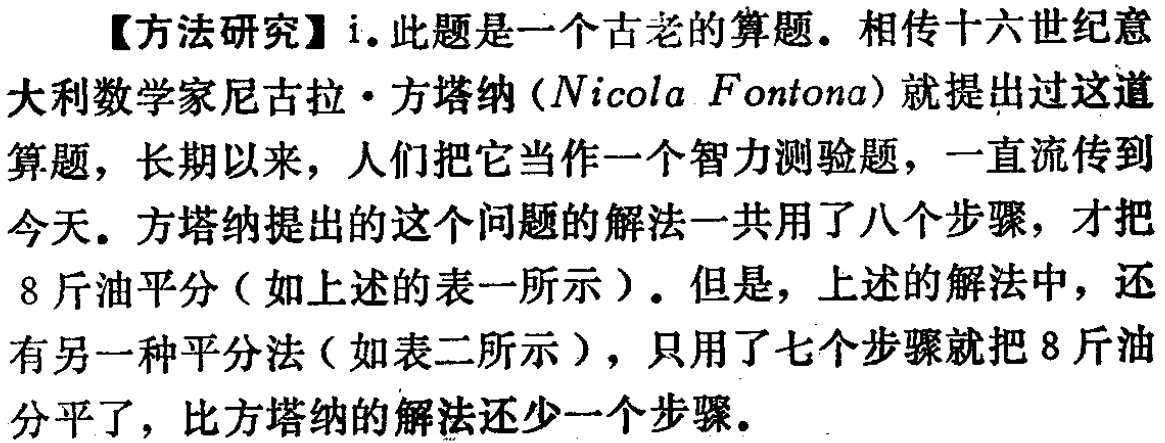
【方法研究】i. 此题是一个古老的算题。相传十六世纪意大利数学家尼古拉・方塔纳（Nicola Fontona）就提出过这道算题，长期以来，人们把它当作一个智力测验题，一直流传到今天。方塔纳提出的这个问题的解法一共用了八个步骤，才把8斤油平分（如上述的表一所示）。但是，上述的解法中，还有另一种平分法（如表二所示），只用了七个步骤就把8斤油分平了，比方塔纳的解法还少一个步骤。